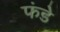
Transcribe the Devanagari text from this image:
फंडे